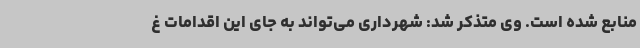
منابع شده است. وی متذکر شد: شهرداری می‌تواند به جای این اقدامات غ